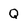
Character: Q